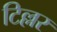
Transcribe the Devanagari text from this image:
टिल्लर